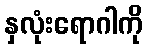
နှလုံးရောဂါကို